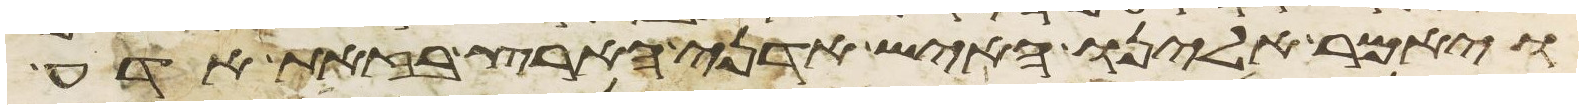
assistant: ויאמר אלינו האיש אדני הארץ בזאת אדע